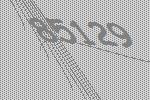
85129